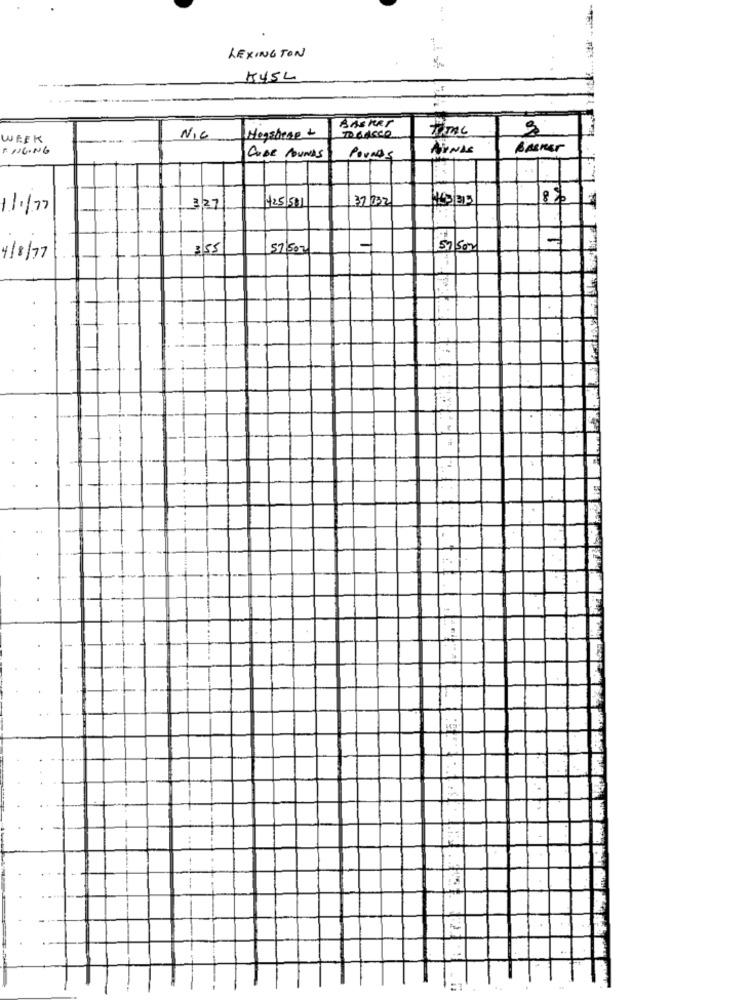
LEXINGTON
K45L
BASKET
TOTAL
WEEK
NIC
Hogsbene -
F DIGING
BASKET
CODE POUNDS
Pounds
37 032
143/215
8%
1/1/77
3.27/
H25 581
-
355
57/507
57500
4/8/77